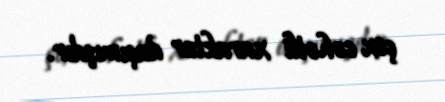
çox cəhətli xarakter daşımışdır.